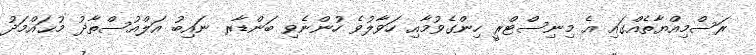
ރަސްމިއްޔާތެއްގައި އެ މިނިސްޓްރީ ހިންގެވުމާއި ހަވާލުވެ ހުންނެވި ބަންޑާރ ނައިބު އަލްއުސްތާޛު މުޙައްމަދު